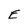
Character: E